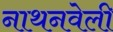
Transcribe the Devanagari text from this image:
नाथनवेली